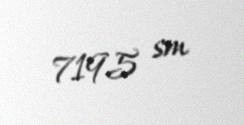
7195 sm